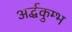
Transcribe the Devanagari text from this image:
अर्द्धकुम्भ